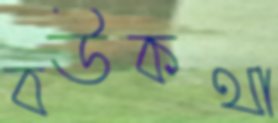
বউকথা